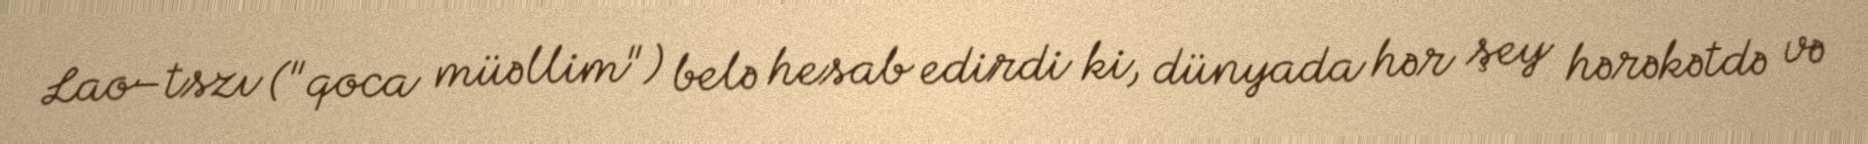
Lao–tszı ("qoca müəllim") belə hesab edirdi ki, dünyada hər şey hərəkətdə və